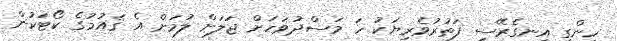
ހިންގި އިނގެރޭސި ފަތުރުވެރިޔަކު ހަ މަސްދުވަހަށް ޖަލަށް ލުމަށް އެ ޤައުމުގެ ކޯޓަކުން